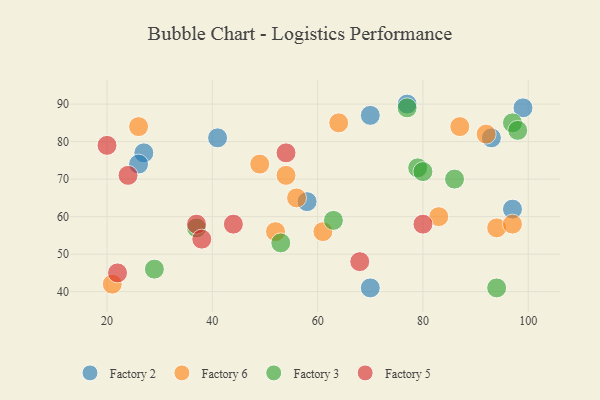
{"axis": {"x": "GDP", "y": "Life Expectancy"}, "legend": ["Factory 2", "Factory 3", "Factory 5", "Factory 6"], "data": [{"x": "58", "y": 64, "type": "Factory 2"}, {"x": "97", "y": 62, "type": "Factory 2"}, {"x": "70", "y": 41, "type": "Factory 2"}, {"x": "70", "y": 87, "type": "Factory 2"}, {"x": "93", "y": 81, "type": "Factory 2"}, {"x": "41", "y": 81, "type": "Factory 2"}, {"x": "27", "y": 77, "type": "Factory 2"}, {"x": "77", "y": 90, "type": "Factory 2"}, {"x": "99", "y": 89, "type": "Factory 2"}, {"x": "26", "y": 74, "type": "Factory 2"}, {"x": "92", "y": 82, "type": "Factory 6"}, {"x": "94", "y": 57, "type": "Factory 6"}, {"x": "61", "y": 56, "type": "Factory 6"}, {"x": "26", "y": 84, "type": "Factory 6"}, {"x": "21", "y": 42, "type": "Factory 6"}, {"x": "64", "y": 85, "type": "Factory 6"}, {"x": "83", "y": 60, "type": "Factory 6"}, {"x": "56", "y": 65, "type": "Factory 6"}, {"x": "97", "y": 58, "type": "Factory 6"}, {"x": "87", "y": 84, "type": "Factory 6"}, {"x": "49", "y": 74, "type": "Factory 6"}, {"x": "54", "y": 71, "type": "Factory 6"}, {"x": "52", "y": 56, "type": "Factory 6"}, {"x": "77", "y": 89, "type": "Factory 3"}, {"x": "37", "y": 57, "type": "Factory 3"}, {"x": "79", "y": 73, "type": "Factory 3"}, {"x": "29", "y": 46, "type": "Factory 3"}, {"x": "53", "y": 53, "type": "Factory 3"}, {"x": "63", "y": 59, "type": "Factory 3"}, {"x": "97", "y": 85, "type": "Factory 3"}, {"x": "94", "y": 41, "type": "Factory 3"}, {"x": "86", "y": 70, "type": "Factory 3"}, {"x": "98", "y": 83, "type": "Factory 3"}, {"x": "80", "y": 72, "type": "Factory 3"}, {"x": "68", "y": 48, "type": "Factory 5"}, {"x": "24", "y": 71, "type": "Factory 5"}, {"x": "37", "y": 58, "type": "Factory 5"}, {"x": "38", "y": 54, "type": "Factory 5"}, {"x": "20", "y": 79, "type": "Factory 5"}, {"x": "22", "y": 45, "type": "Factory 5"}, {"x": "44", "y": 58, "type": "Factory 5"}, {"x": "54", "y": 77, "type": "Factory 5"}, {"x": "80", "y": 58, "type": "Factory 5"}]}